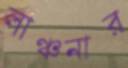
লাঞ্চনার